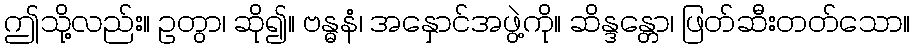
ဤသို့လည်း။ ဥတွာ၊ ဆို၍။ ဗန္ဓနံ၊ အနှောင်အဖွဲ့ကို။ ဆိန္ဒန္တော၊ ဖြတ်ဆီးတတ်သော။